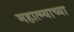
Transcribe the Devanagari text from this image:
महात्म्याच्या